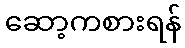
ဆော့ကစားရန်